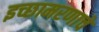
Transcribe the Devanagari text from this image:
इच्छामरणाचे